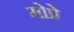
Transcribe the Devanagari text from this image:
मोप्रे